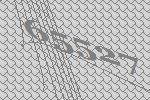
65527